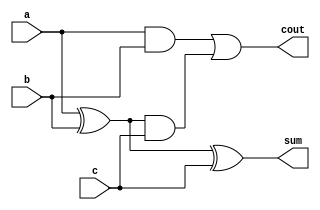
`timescale 1ns/1ns
module FA(a, b, c, sum, cout);

    input a, b, c;
    output cout, sum;
    
    wire   e1, e2, e3;

    xor (e1, a, b);
    and (e2, a, b);
    and (e3, e1, c);
    or	(cout,e2, e3);
    xor  (sum, e1, c);

endmodule